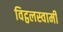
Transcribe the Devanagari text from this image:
विट्ठलस्वामी